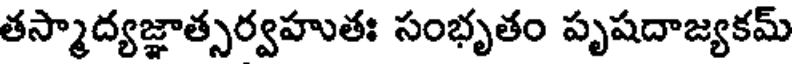
తస్మాద్యజ్ఞాత్సర్వహుతః సంభృతం పృషదాజ్యకమ్